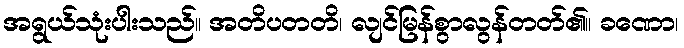
အရွယ်သုံးပါးသည်။ အတိပတတိ၊ လျင်မြန်စွာလွန်တတ်၏။ ခဏော၊